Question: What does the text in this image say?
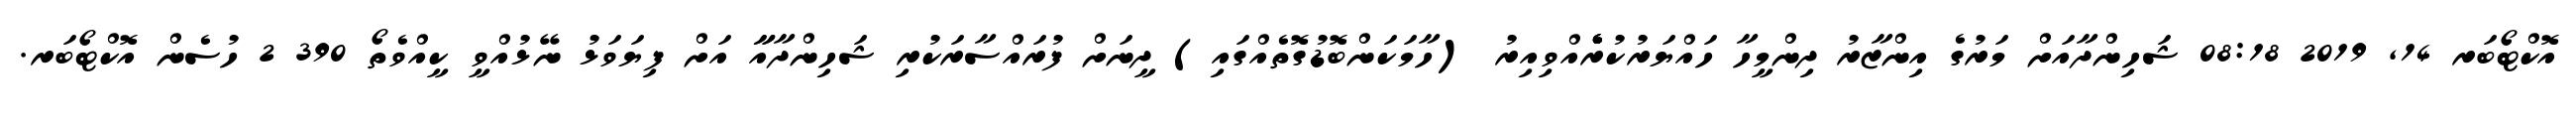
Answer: އޮކްޓޯބަރ 14, 2019 08:18 ޝަހިންދާއަށް މަރުގެ އިންޒާރު ދިންމީހާ ހައްޔަރުކުރެެެެެއްވިއިރު (ހާމަކަންބޮޑުގޮތެއްގައި) ދީނަށް ފުރައްސާރަކުރި ޝަހިންދާއާާ އަށް ފިޔަވަޅު ނޭޅުއްވީ ކީއްވެތޯ 390 2 ހުސެން އޮކްޓޯބަރ.